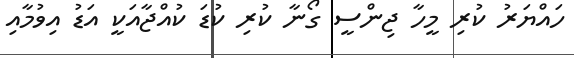
ހައްޔަރު ކުރި މީހާ ޖިންސީ ގޯނާ ކުރި ކުޑަ ކުއްޖާއަކީ އަޑު އިވުމާއި